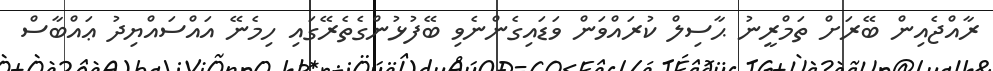
ރާއްޖެއިން ބޭރަށް ތަމްރީނު ޙާސިލް ކުރައްވަން ވަޑައިގެންނެވި ބޭފުޅުންގެތެރޭގައި ހިމެނޭ އައްސައްޔިދު ޢައްބާސް